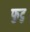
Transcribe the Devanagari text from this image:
फुटु